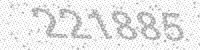
Solution: 221885